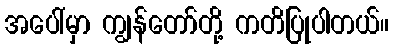
အပေါ်မှာ ကျွန်တော်တို့ ကတိပြုပါတယ်။